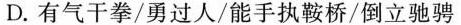
D.有气干拳/勇过人/能手执鞍桥/倒立驰骋